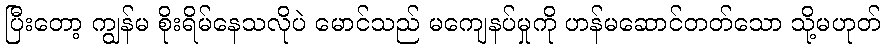
ပြီးတော့ ကျွန်မ စိုးရိမ်နေသလိုပဲ မောင်သည် မကျေနပ်မှုကို ဟန်မဆောင်တတ်သော သို့မဟုတ်